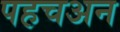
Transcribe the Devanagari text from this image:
पहचअन